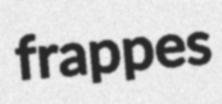
frappes